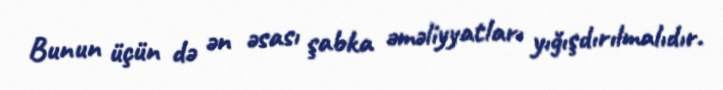
Bunun üçün də ən əsası şabka əməliyyatları yığışdırılmalıdır.